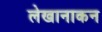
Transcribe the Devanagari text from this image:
लेखानाकन